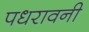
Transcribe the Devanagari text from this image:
पधरावनी